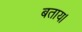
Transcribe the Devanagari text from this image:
बताय।